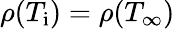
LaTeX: \rho(T_{\mathrm{i}})=\rho(T_{\infty})